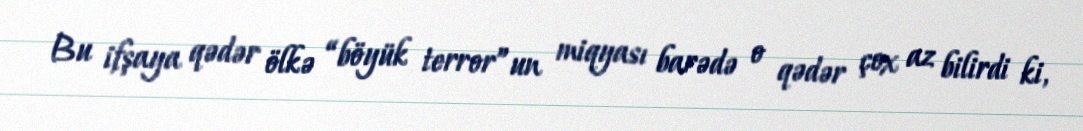
Bu ifşaya qədər ölkə “böyük terror”un miqyası barədə o qədər çox az bilirdi ki,